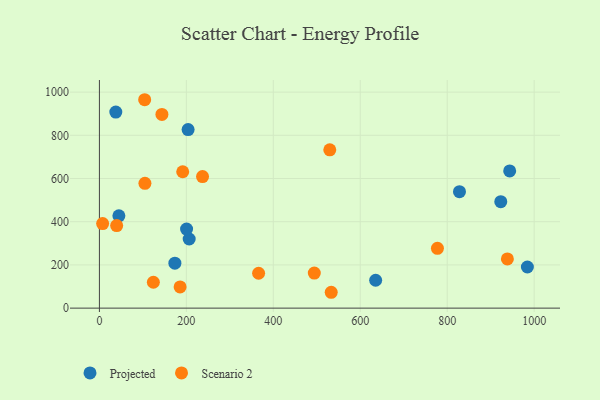
{"axis": {"x": "Study Hours", "y": "Sales"}, "legend": ["Projected", "Scenario 2"], "data": [{"x": "828.2", "y": 538.9, "type": "Projected"}, {"x": "37.7", "y": 907.6, "type": "Projected"}, {"x": "206.5", "y": 320.0, "type": "Projected"}, {"x": "200.5", "y": 365.9, "type": "Projected"}, {"x": "943.7", "y": 635.3, "type": "Projected"}, {"x": "923.2", "y": 492.6, "type": "Projected"}, {"x": "984.4", "y": 190.4, "type": "Projected"}, {"x": "204.0", "y": 826.4, "type": "Projected"}, {"x": "635.4", "y": 129.0, "type": "Projected"}, {"x": "173.6", "y": 208.0, "type": "Projected"}, {"x": "44.8", "y": 427.4, "type": "Projected"}, {"x": "938.4", "y": 228.0, "type": "Scenario 2"}, {"x": "185.6", "y": 98.0, "type": "Scenario 2"}, {"x": "124.1", "y": 119.8, "type": "Scenario 2"}, {"x": "39.7", "y": 382.1, "type": "Scenario 2"}, {"x": "104.7", "y": 577.5, "type": "Scenario 2"}, {"x": "104.1", "y": 964.7, "type": "Scenario 2"}, {"x": "366.2", "y": 161.4, "type": "Scenario 2"}, {"x": "533.2", "y": 73.4, "type": "Scenario 2"}, {"x": "777.5", "y": 276.7, "type": "Scenario 2"}, {"x": "143.8", "y": 896.5, "type": "Scenario 2"}, {"x": "529.9", "y": 732.8, "type": "Scenario 2"}, {"x": "7.4", "y": 391.5, "type": "Scenario 2"}, {"x": "237.2", "y": 608.9, "type": "Scenario 2"}, {"x": "494.3", "y": 162.2, "type": "Scenario 2"}, {"x": "191.6", "y": 631.2, "type": "Scenario 2"}]}